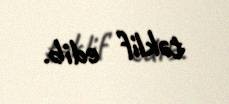
tәklif edib.